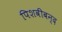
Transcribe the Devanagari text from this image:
पिशवीबन्द